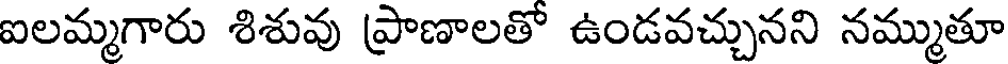
ఐలమ్మగారు శిశువు ప్రాణాలతో ఉండవచ్చునని నమ్ముతూ